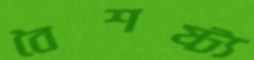
বৈশষ্ট্য